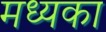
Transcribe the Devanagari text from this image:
मध्यका